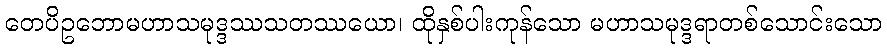
တေပိဥဘောမဟာသမုဒ္ဒဿသတဿယော၊ ထိုနှစ်ပါးကုန်သော မဟာသမုဒ္ဒရာတစ်သောင်းသော